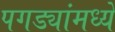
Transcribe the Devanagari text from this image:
पगड्यांमध्ये